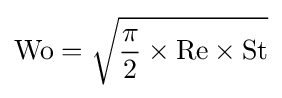
{\text{Wo}}={\sqrt {{\dfrac {\pi }{2}}\times {\text{Re}}\times {\text{St}}}}